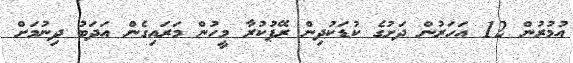
އުމުރުން 12 އަހަރުން ދަށުގެ ކުޑަކުދިން ރޭޕުކުރާ މީހުން މަރައިގެން އަދަބު ދިނުމަށް